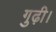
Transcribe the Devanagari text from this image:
गुढ़ी।